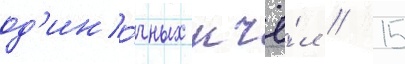
од'ино́чных пчё́л / 15